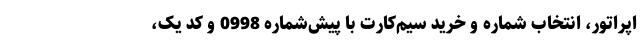
اپراتور، انتخاب شماره و خرید سیم‌کارت با پیش‌شماره 0998 و کد یک،